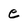
Character: e